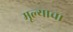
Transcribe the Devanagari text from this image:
मूल्याचा